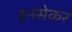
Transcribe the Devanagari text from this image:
हनसेकर